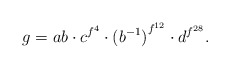
\begin{align*} g=ab\cdot c^{f^4}\cdot {(b^{-1})}^{f^{12}}\cdot {d}^{f^{28}}.\end{align*}